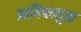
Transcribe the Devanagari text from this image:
आविषालुता